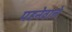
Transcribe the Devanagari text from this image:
पहनेवाले